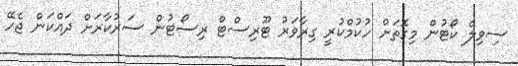
ސިވިލް ކޯޓުން މިގޮތަށް ހުކުމްކުރީ ގިރާވަރު ޓޫރިސްޓް ރިސޯޓުން ސަރުކާރަށް ދައްކަން ޖެހޭ